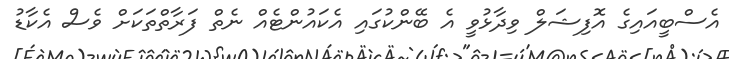
އެސްބީއައިގެ އޮފިޝަލް ވިދާޅުވީ އެ ބޭންކުގައި އެކައުންޓެއް ނެތް ފަރާތްތަކަށް ވެސް އެކާޑު